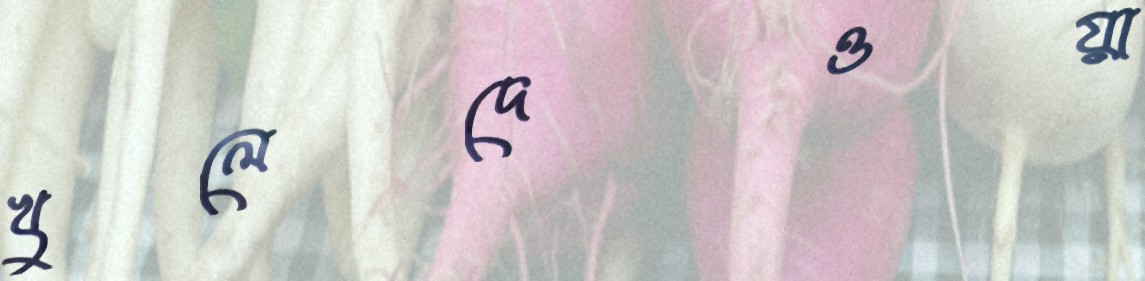
খুলেদেওয়া